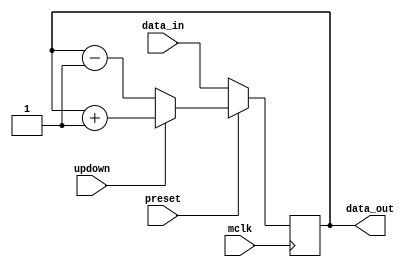
module sync_count4 (mclk, preset, updown, data_in, data_out);
  input mclk, preset, updown;
  input [3:0] data_in;

  output [3:0] data_out;
  reg [3:0] data_out;

  always @(posedge mclk)
    if (! preset)
      data_out = data_in;
    else
      if (updown)
        data_out = data_out + 1;
      else
        data_out = data_out - 1;
endmodule